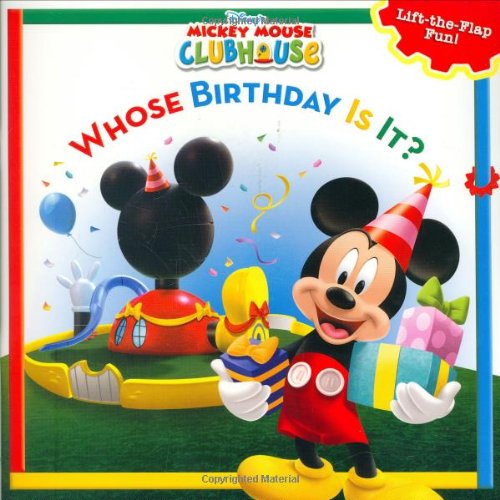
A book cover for Mickey Mouse Clubhouse Whose Birthday Is It? (Disney's Mickey Mouse Club); Disney Book Group; Children's Books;